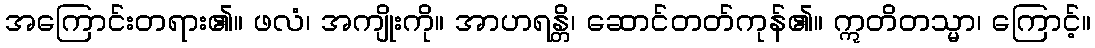
အကြောင်းတရား၏။ ဖလံ၊ အကျိုးကို။ အာဟရန္တိ၊ ဆောင်တတ်ကုန်၏။ ဣတိတသ္မာ၊ ကြောင့်။